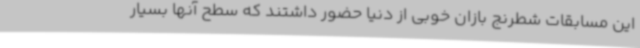
این مسابقات شطرنج بازان خوبی از دنیا حضور داشتند که سطح آنها بسیار